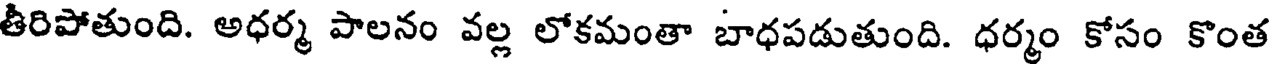
తీరిపోతుంది. అధర్మ పాలనం వల్ల లోకమంతా బాధపడుతుంది. ధర్మం కోసం కొంత